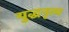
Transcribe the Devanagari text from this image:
युद्धनृत्य